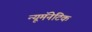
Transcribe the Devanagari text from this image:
न्यूमॅनेटिक